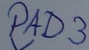
Text: PAD3